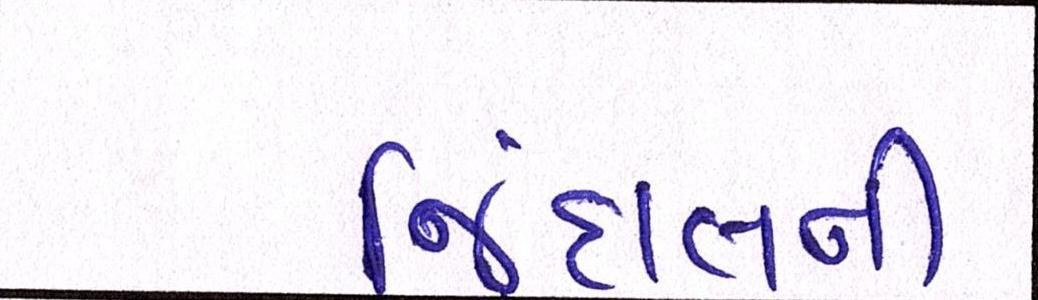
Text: જિંદાલની